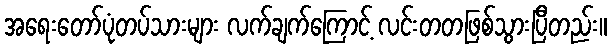
အရေးတော်ပုံတပ်သားများ လက်ချက်ကြောင့် လင်းတတဖြစ်သွားပြီတည်း။